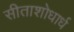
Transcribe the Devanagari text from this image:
सीताशोधार्ध